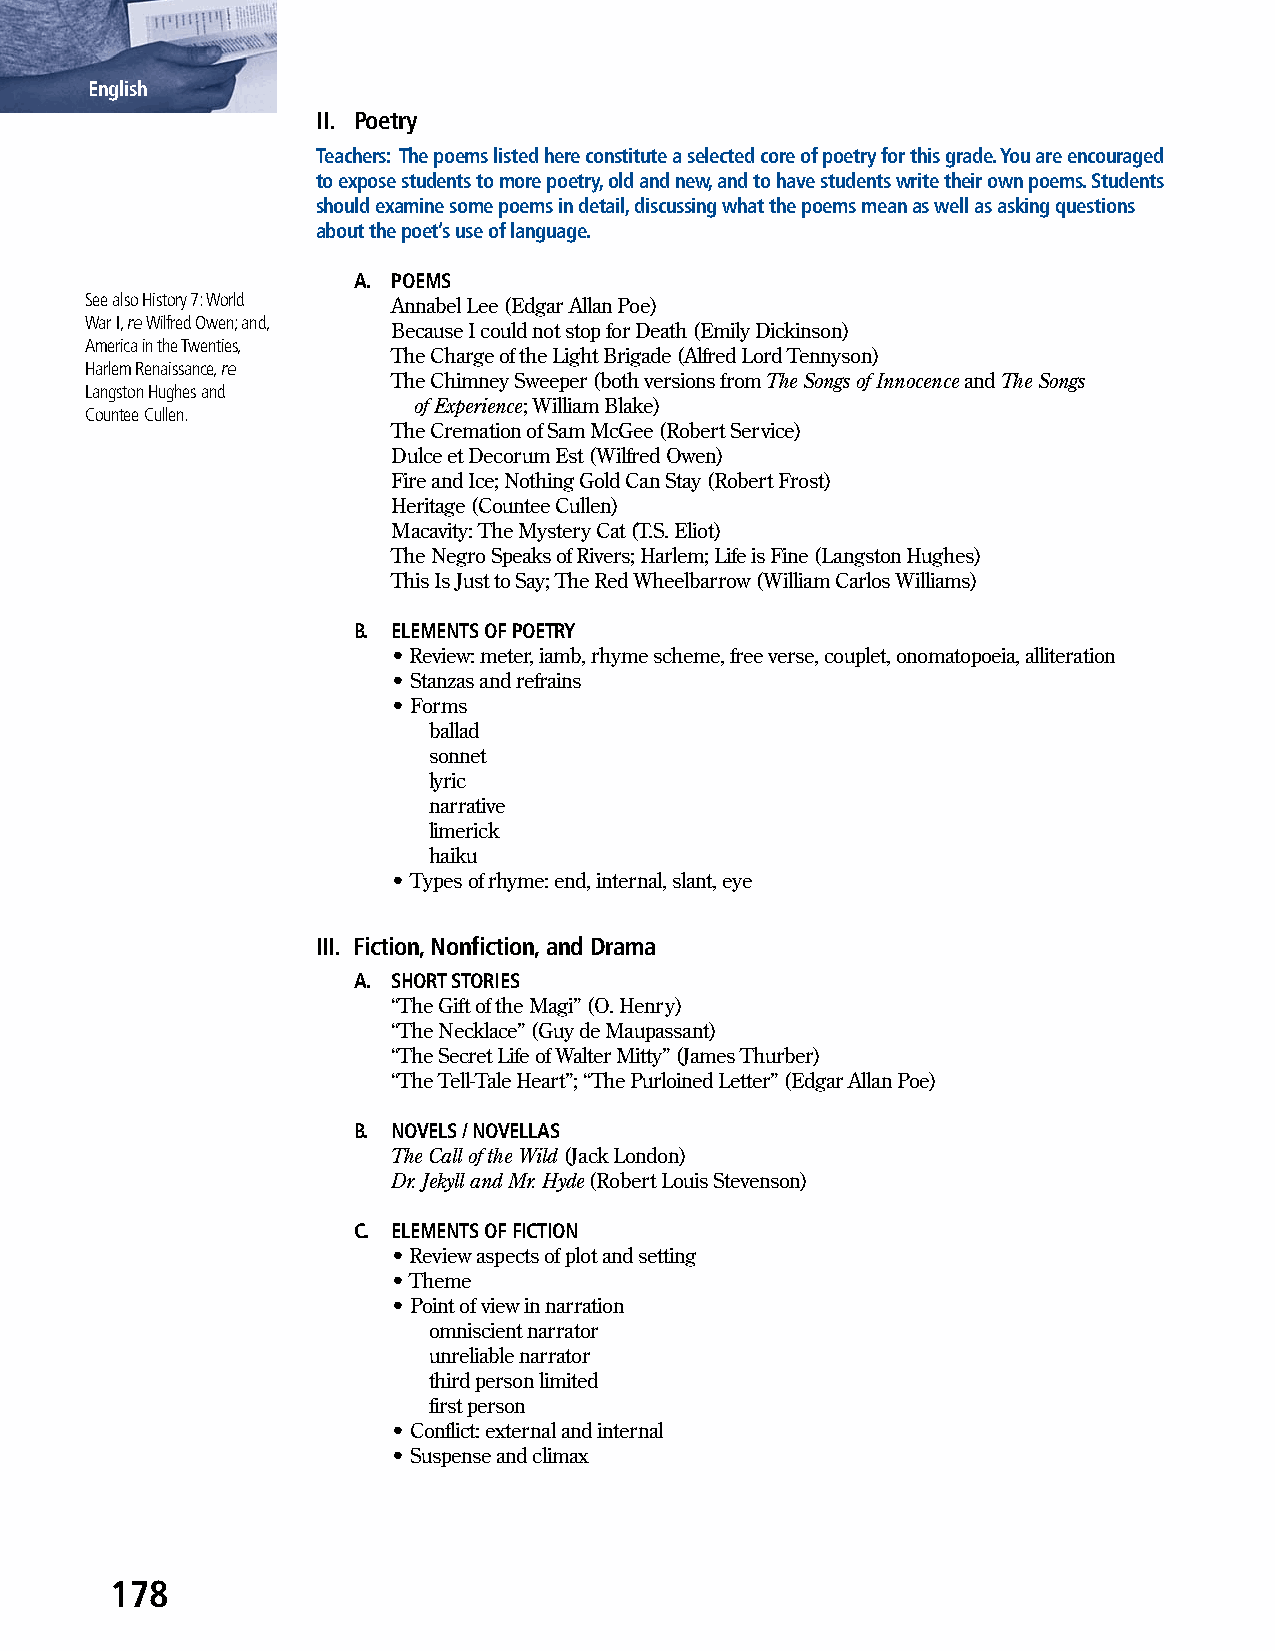
English
 II. Poetry
 Teachers: The poems listed here constitute a selected core of poetry for this grade. You are encouraged
 to expose students to more poetry, old and new, and to have students write their own poems. Students
 should examine some poems in detail, discussing what the poems mean as well as asking questions
 about the poet’s use of language.
 A. POEMS
 See also History 7: World Annabel Lee (Edgar Allan Poe)
 War I, re Wilfred Owen; and,
 Because I could not stop for Death (Emily Dickinson)
 America in the Twenties,
 The Charge of the Light Brigade (Alfred Lord Tennyson)
 Harlem Renaissance, re
 The Chimney Sweeper (both versions from The Songs of Innocence and The Songs
 Langston Hughes and
 of Experience; William Blake)
 Countee Cullen.
 The Cremation of Sam McGee (Robert Service)
 Dulce et Decorum Est (Wilfred Owen)
 Fire and Ice; Nothing Gold Can Stay (Robert Frost)
 Heritage (Countee Cullen)
 Macavity: The Mystery Cat (T.S. Eliot)
 The Negro Speaks of Rivers; Harlem; Life is Fine (Langston Hughes)
 This Is Just to Say; The Red Wheelbarrow (William Carlos Williams)
 B. ELEMENTS OF POETRY
 • Review: meter, iamb, rhyme scheme, free verse, couplet, onomatopoeia, alliteration
 • Stanzas and refrains
 • Forms
 ballad
 sonnet
 lyric
 narrative
 limerick
 haiku
 • Types of rhyme: end, internal, slant, eye
 III. Fiction, Nonfiction, and Drama
 A. SHORT STORIES
 “The Gift of the Magi” (O. Henry)
 “The Necklace” (Guy de Maupassant)
 “The Secret Life of Walter Mitty” (James Thurber)
 “The Tell-Tale Heart”; “The Purloined Letter” (Edgar Allan Poe)
 B. NOVELS / NOVELLAS
 The Call of the Wild (Jack London)
 Dr. Jekyll and Mr. Hyde (Robert Louis Stevenson)
 C. ELEMENTS OF FICTION
 • Review aspects of plot and setting
 • Theme
 • Point of view in narration
 omniscient narrator
 unreliable narrator
 third person limited
 first person
 • Conflict: external and internal
 • Suspense and climax
 178